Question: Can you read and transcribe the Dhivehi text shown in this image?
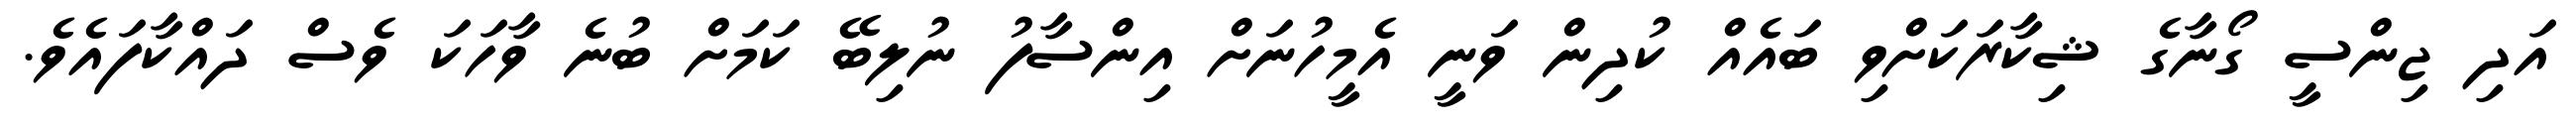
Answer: އަދި ޖިންސީ ގޯނާގެ ޝިކާރަކަށްވި ބައެއް ކުދިން ވަނީ އެމީހުނަށް އިންސާފު ނުލިބޭ ކަމަށް ބުނެ ވާހަކަ ވެސް ދައްކާފައެވެ.